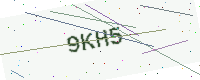
Text: 9KH5